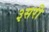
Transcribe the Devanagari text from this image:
३सरी